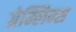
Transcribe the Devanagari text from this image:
ग्रेम्लिन्स